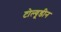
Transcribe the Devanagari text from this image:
टोल्यूडीन